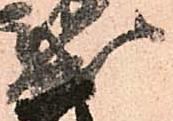
成